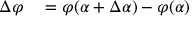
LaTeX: \begin{array} { r l } { \Delta \varphi } & { { } = \varphi ( \alpha + \Delta \alpha ) - \varphi ( \alpha ) } \end{array}